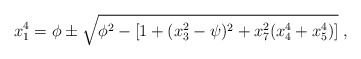
\begin{align*}x_1^4 =\phi\pm\sqrt{\phi^2-\left[ 1+(x_3^2-\psi)^2+x_7^2(x_4^4+x_5^4)\right] }\; ,\end{align*}